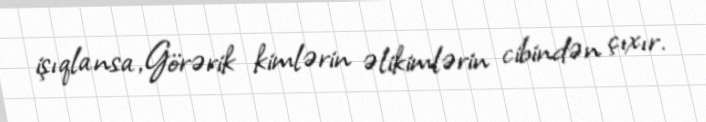
işıqlansa,Görərik kimlərin əlikimlərin cibindən çıxır.